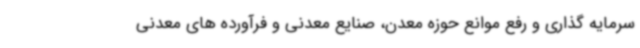
سرمایه گذاری و رفع موانع حوزه معدن، صنایع معدنی و فرآورده های معدنی